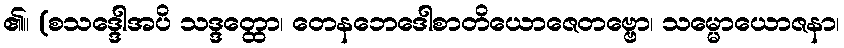
၏။ (စသဒ္ဒေါအပိ သဒ္ဒတ္ထော၊ တေနဘေဒေါစာတိယောဇေတဗ္ဗော၊ သမ္မောယောဇနာ၊